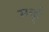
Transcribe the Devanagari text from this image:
मर्क्